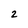
Character: 2